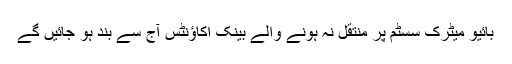
بائیو میٹرک سسٹم پر منتقل نہ ہونے والے بینک اکاؤنٹس آج سے بند ہو جائیں گے